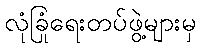
လုံခြုံရေးတပ်ဖွဲ့များမှ